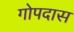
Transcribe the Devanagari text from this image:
गोपदास